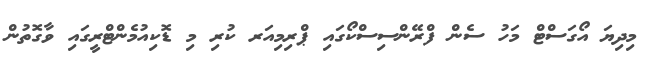
މިދިޔަ އޯގަސްޓް މަހު ސެން ފްރޭންސިސްކޯގައި ޕްރިމިއަރ ކުރި މި ޑޮކިއުމެންޓްރީގައި ވާގޮތުން